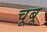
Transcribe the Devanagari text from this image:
चूबू